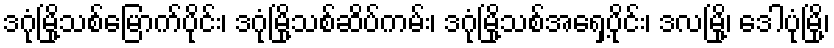
ဒဂုံမြို့သစ်မြောက်ပိုင်း၊ ဒဂုံမြို့သစ်ဆိပ်ကမ်း၊ ဒဂုံမြို့သစ်အရှေ့ပိုင်း၊ ဒလမြို့၊ ဒေါပုံမြို့၊